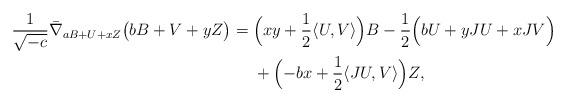
LaTeX: \begin{align*}\begin{aligned}\frac{1}{\sqrt{-c}}\bar{\nabla}_{aB+U+xZ}\bigl(bB+V+yZ\bigr)={}&\Bigl(xy+\frac{1}{2}\langle U,V\rangle\Bigr)B-\frac{1}{2}\Bigl(bU+yJU+xJV\Bigr)\!\!\\&{}+\Bigl(-bx+\frac{1}{2}\langle JU,V\rangle\Bigr)Z,\end{aligned}\end{align*}